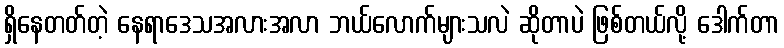
ရှိနေတတ်တဲ့ နေရာဒေသအလားအလာ ဘယ်လောက်များသလဲ ဆိုတာပဲ ဖြစ်တယ်လို့ ဒေါက်တာ